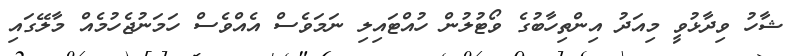
ޝާހު ވިދާޅުވީ މިއަދު އިންތިހާބުގެ ވޯޓުލުން ހުއްޓައިލި ނަމަވެސް އެއްވެސް ހަމަނުޖެހުމެއް މާލޭގައި